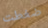
ضغطت